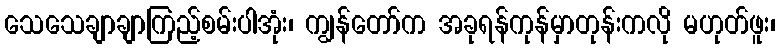
သေသေချာချာကြည့်စမ်းပါအုံး၊ ကျွန်တော်က အခုရန်ကုန်မှာတုန်းကလို မဟုတ်ဖူး၊